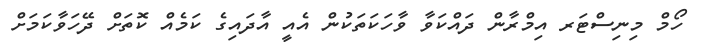
ހޯމް މިނިސްޓަރ އިމްރާން ދައްކަވާ ވާހަކަތަކުން އެއީ އާދައިގެ ކަމެއް ކޮތަށް ދޭހަވާކަމަށް